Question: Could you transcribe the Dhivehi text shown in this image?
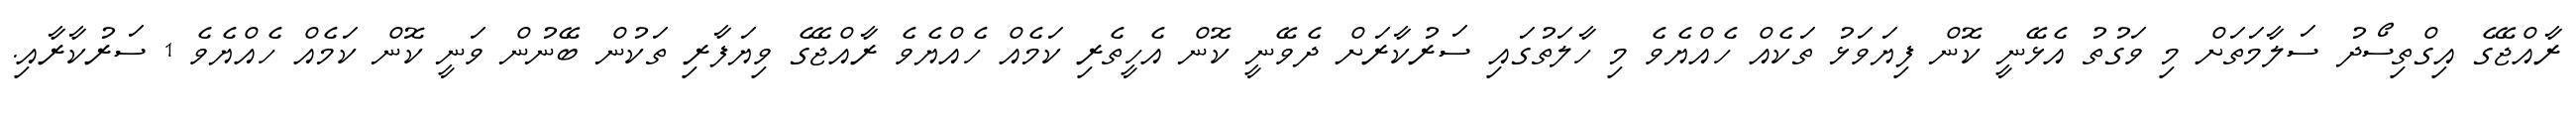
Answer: ރާއްޖޭގެ އިގްތިސޯދު ސަލާމަތަށް މި ވަގުތު އެޅޭނީ ކޮން ފިޔަވަޅު ތަކެއް ހެއްޔެވެ މި ހާލަތުގައި ސަރުކާރަށް ދެވޭނީ ކޮން އެހީތެރި ކަމެއް ހެއްޔެވެ ރާއްޖޭގެ ވިޔަފާރި ތަކުން ބޭނުން ވަނީ ކޮން ކަމެއް ހެއްޔެވެ 1 ސަރުކާރާއި.